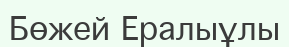
Бөжей Ералыұлы